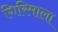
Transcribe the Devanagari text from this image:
गिरिमाला